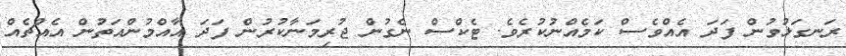
ރަނގަޅުވުން ފަދަ އެއްވެސް ކަމެއްނުކުރެވެ. ޓެކްސް ނެގުން ޖުރިމަނާކުރުން ފަދަ އާއްމުންއަތުން އެއްޗެއް